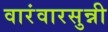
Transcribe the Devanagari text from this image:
वारंवारसुन्नी